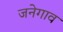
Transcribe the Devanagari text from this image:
जनेगाव